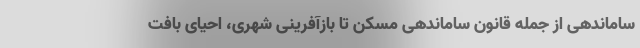
ساماندهی از جمله قانون ساماندهی مسکن تا بازآفرینی شهری، احیای بافت